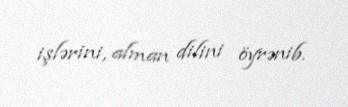
işlərini, alman dilini öyrənib.